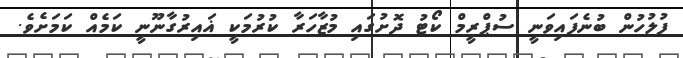
ފުލުހުން ބުނެފައިވަނީ ސުޕްރީމް ކޯޓު ދޮށުގައި މުޒާހަރާ ކުރުމަކީ ޣައިރުގާނޫނީ ކަމެއް ކަމަށެވެ.